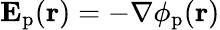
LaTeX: \mathbf{E}_{\mathrm{p}}(\mathbf{r})=-\nabla\phi_{\mathrm{p}}(\mathbf{r})